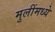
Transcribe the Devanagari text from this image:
मुलींमध्ये